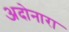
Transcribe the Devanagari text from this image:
अदोनारा